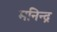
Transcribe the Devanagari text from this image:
मनिन्द्र